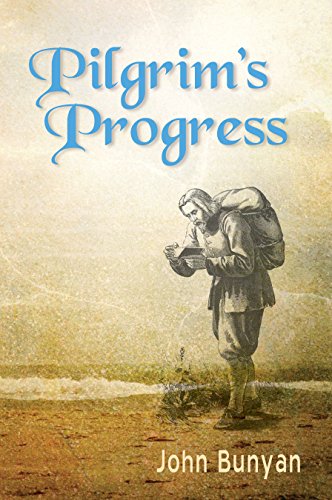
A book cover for Pilgrim's Progress: Updated, Modern English. Includes Original Illustrations.; John Bunyan; Literature & Fiction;